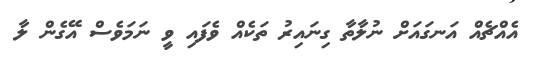
އެއްޗެއް އަނގައަށް ނުލާތާ ގިނައިރު ތަކެއް ވެފައި ވީ ނަމަވެސް އޭގެން ލާ